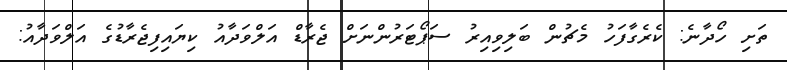
ތަށި ހޯދާނެ: ކެރެގާފަހު މެޗުން ބަލިވިއިރު ސަޕޯޓަރުންނަށް ޖެރާޑް އަލްވަދާއު ކިޔައިފިޖެރާޑުގެ އަލްވަދާއު: